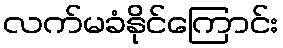
လက်မခံနိုင်ကြောင်း